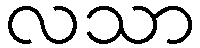
လသာ